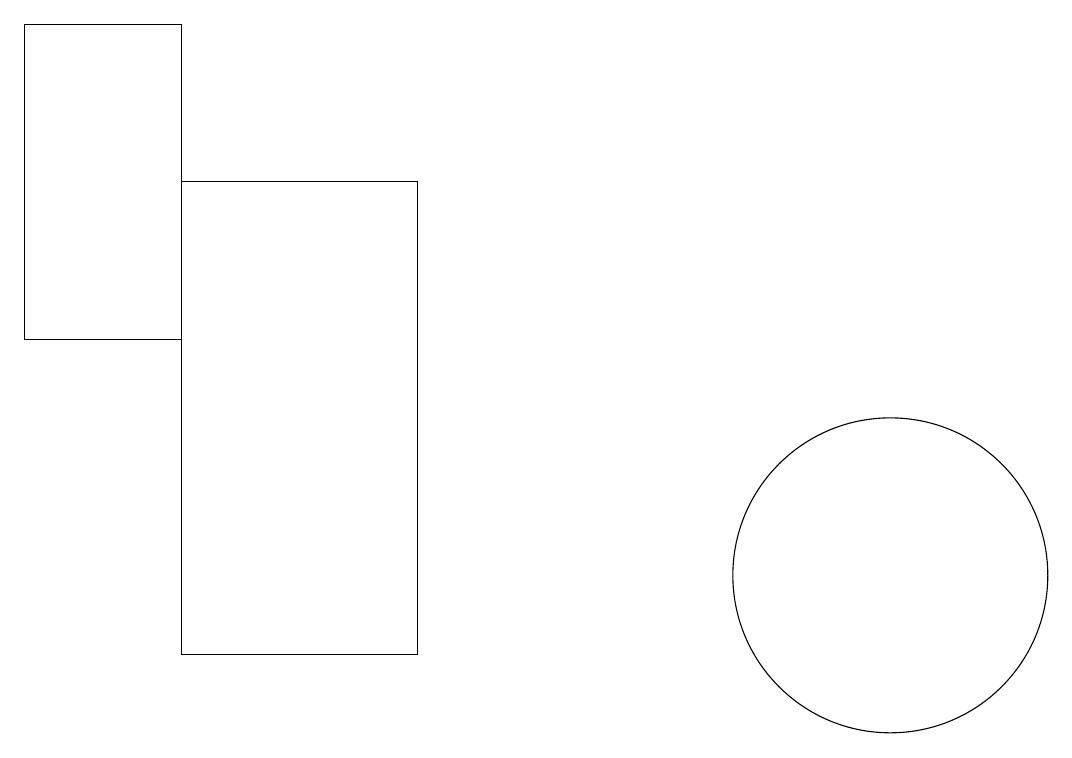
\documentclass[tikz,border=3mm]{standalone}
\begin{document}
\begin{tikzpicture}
\draw (11,11) circle (2);
\draw (5,10) rectangle (2,16);
\draw (0,18) rectangle (2,14);
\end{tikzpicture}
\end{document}